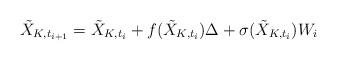
LaTeX: \begin{align*}\tilde X_{K, t_{i+1}} = \tilde X_{K, t_{i}} + f(\tilde X_{K, t_{i}}) \Delta + \sigma(\tilde X_{K, t_{i}}) W_{i}\end{align*}